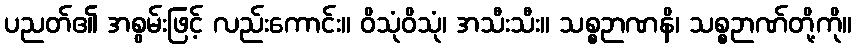
ပညတ်၏ အစွမ်းဖြင့် လည်းကောင်း။ ဝိသုံဝိသုံ၊ အသီးသီး။ သစ္စဉာဏနိ၊ သစ္စဉာဏ်တို့ကို။